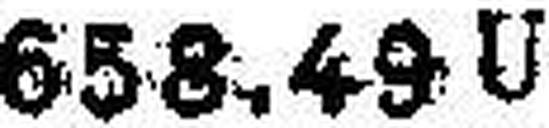
658.49 U